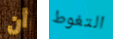
أن التغوط